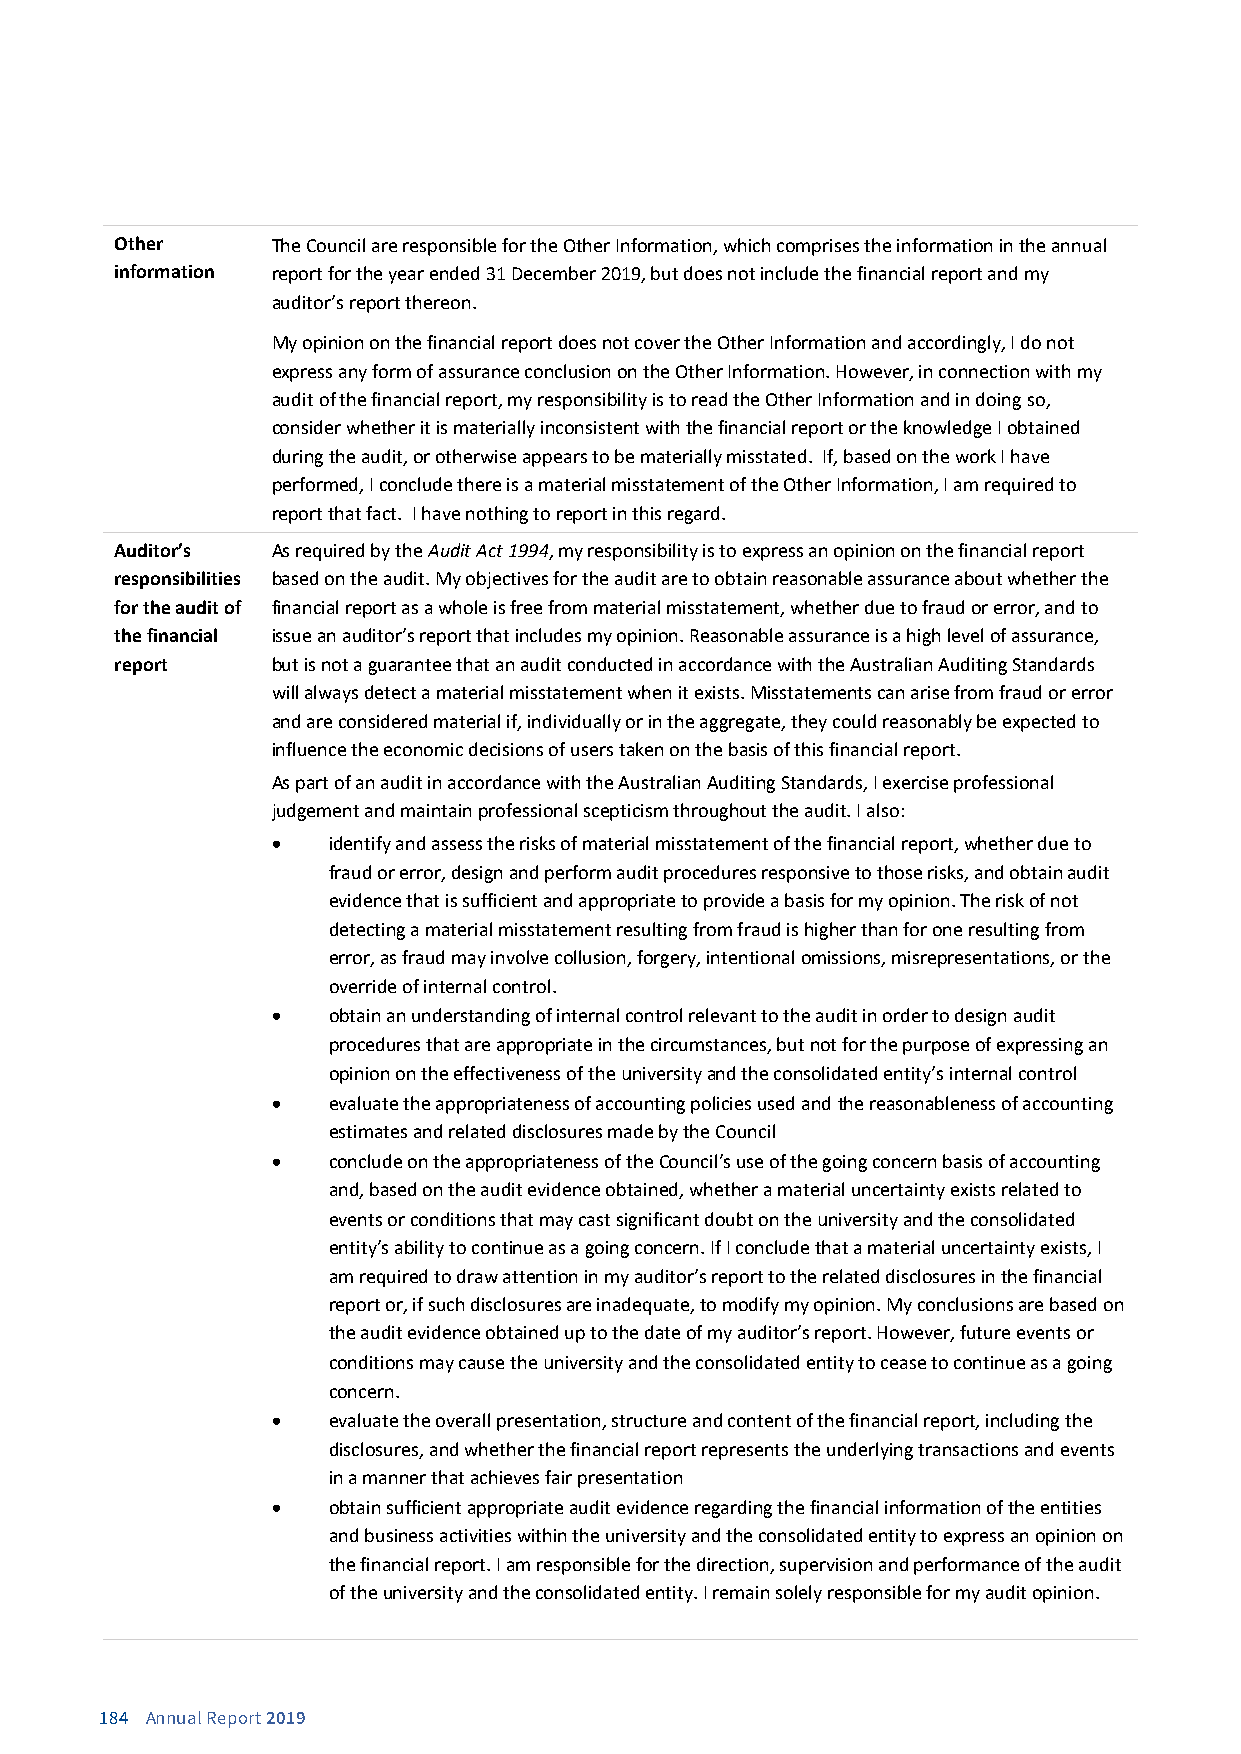
Other     The Council are responsible for the Other Information, which comprises the information in the annual
 information report for the year ended 31 December 2019, but does not include the financial report and my
 auditor’s report thereon.
 My opinion on the financial report does not cover the Other Information and accordingly, I do not
 express any form of assurance conclusion on the Other Information. However, in connection with my
 audit of the financial report, my responsibility is to read the Other Information and in doing so,
 consider whether it is materially inconsistent with the financial report or the knowledge I obtained
 during the audit, or otherwise appears to be materially misstated. If, based on the work I have
 performed, I conclude there is a material misstatement of the Other Information, I am required to
 report that fact. I have nothing to report in this regard.
 Auditor’s As required by the Audit Act 1994, my responsibility is to express an opinion on the financial report
 responsibilities based on the audit. My objectives for the audit are to obtain reasonable assurance about whether the
 for the audit of financial report as a whole is free from material misstatement, whether due to fraud or error, and to
 the financial issue an auditor’s report that includes my opinion. Reasonable assurance is a high level of assurance,
 report    but is not a guarantee that an audit conducted in accordance with the Australian Auditing Standards
 will always detect a material misstatement when it exists. Misstatements can arise from fraud or error
 and are considered material if, individually or in the aggregate, they could reasonably be expected to
 influence the economic decisions of users taken on the basis of this financial report.
 As part of an audit in accordance with the Australian Auditing Standards, I exercise professional
 judgement and maintain professional scepticism throughout the audit. I also:
 •   identify and assess the risks of material misstatement of the financial report, whether due to
 fraud or error, design and perform audit procedures responsive to those risks, and obtain audit
 evidence that is sufficient and appropriate to provide a basis for my opinion. The risk of not
 detecting a material misstatement resulting from fraud is higher than for one resulting from
 error, as fraud may involve collusion, forgery, intentional omissions, misrepresentations, or the
 override of internal control.
 •   obtain an understanding of internal control relevant to the audit in order to design audit
 procedures that are appropriate in the circumstances, but not for the purpose of expressing an
 opinion on the effectiveness of the university and the consolidated entity’s internal control
 •   evaluate the appropriateness of accounting policies used and the reasonableness of accounting
 estimates and related disclosures made by the Council
 •   conclude on the appropriateness of the Council’s use of the going concern basis of accounting
 and, based on the audit evidence obtained, whether a material uncertainty exists related to
 events or conditions that may cast significant doubt on the university and the consolidated
 entity’s ability to continue as a going concern. If I conclude that a material uncertainty exists, I
 am required to draw attention in my auditor’s report to the related disclosures in the financial
 report or, if such disclosures are inadequate, to modify my opinion. My conclusions are based on
 the audit evidence obtained up to the date of my auditor’s report. However, future events or
 conditions may cause the university and the consolidated entity to cease to continue as a going
 concern.
 •   evaluate the overall presentation, structure and content of the financial report, including the
 disclosures, and whether the financial report represents the underlying transactions and events
 in a manner that achieves fair presentation
 •   obtain sufficient appropriate audit evidence regarding the financial information of the entities
 and business activities within the university and the consolidated entity to express an opinion on
 the financial report. I am responsible for the direction, supervision and performance of the audit
 of the university and the consolidated entity. I remain solely responsible for my audit opinion.
 184 Annual Report 2019
 2